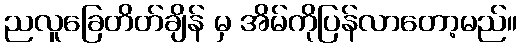
ညလူခြေတိတ်ချိန် မှ အိမ်ကိုပြန်လာတော့မည်။